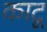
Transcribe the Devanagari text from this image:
काटू